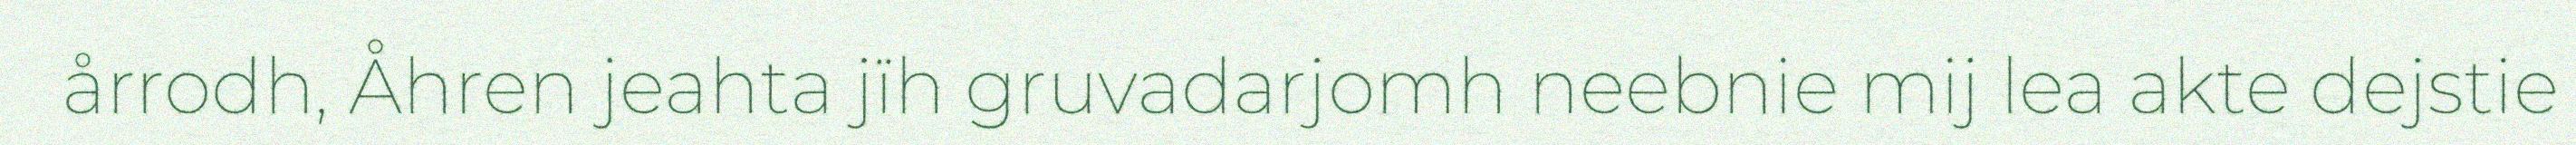
årrodh, Åhren jeahta jïh gruvadarjomh neebnie mij lea akte dejstie